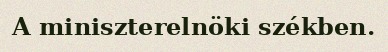
A miniszterelnöki székben.